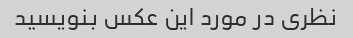
نظری در مورد این عکس بنویسید